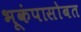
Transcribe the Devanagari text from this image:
भूकंपासोबत